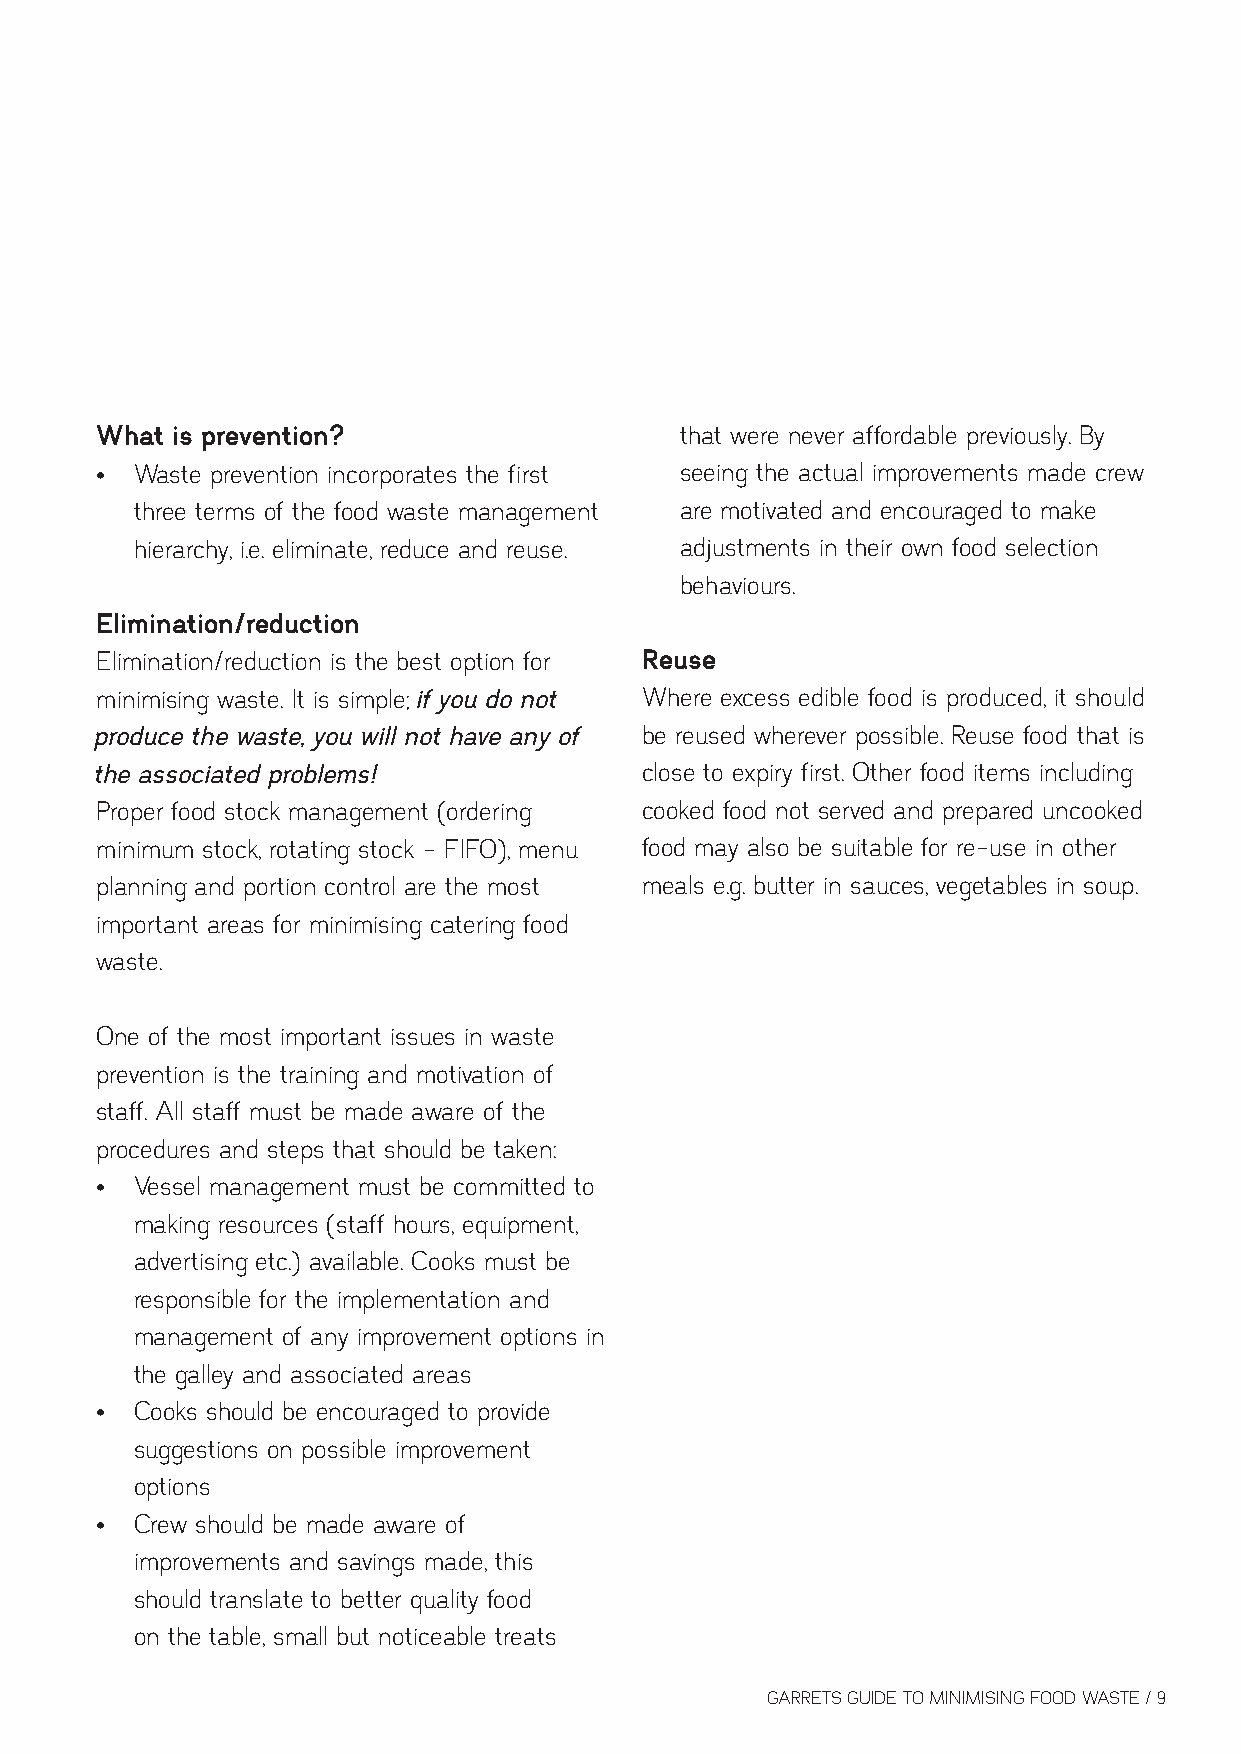
What is prevention?                    that were never affordable previously. By
 •  Waste prevention incorporates the first seeing the actual improvements made crew
 three terms of the food waste management are motivated and encouraged to make
 hierarchy, i.e. eliminate, reduce and reuse. adjustments in their own food selection
 behaviours.
 Elimination/reduction
 Elimination/reduction is the best option for Reuse
 minimising waste. It is simple; if you do not Where excess edible food is produced, it should
 produce the waste, you will not have any of be reused wherever possible. Reuse food that is
 the associated problems!             close to expiry first. Other food items including
 Proper food stock management (ordering cooked food not served and prepared uncooked
 minimum stock, rotating stock - FIFO), menu food may also be suitable for re-use in other
 planning and portion control are the most meals e.g. butter in sauces, vegetables in soup.
 important areas for minimising catering food
 waste.
 One of the most important issues in waste
 prevention is the training and motivation of
 staff. All staff must be made aware of the
 procedures and steps that should be taken:
 •  Vessel management must be committed to
 making resources (staff hours, equipment,
 advertising etc.) available. Cooks must be
 responsible for the implementation and
 management of any improvement options in
 the galley and associated areas
 •  Cooks should be encouraged to provide
 suggestions on possible improvement
 options
 •  Crew should be made aware of
 improvements and savings made, this
 should translate to better quality food
 on the table, small but noticeable treats
 GARRETS GUIDE TO MINIMISING FOOD WASTE / 9